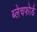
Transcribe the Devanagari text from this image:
ब्लेचफोर्ड